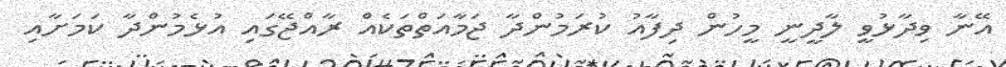
އޭނާ ވިދާޅުވީ ލާދީނީ މީހުން ދިފާއު ކުރަމުންދާ ޖަމާއަތްތަކެއް ރާއްޖޭގައި އުޅެމުންދާ ކަމަށާއި